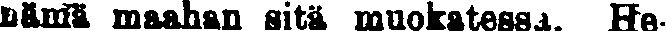
nämä maahan sitä muokatessa. He-